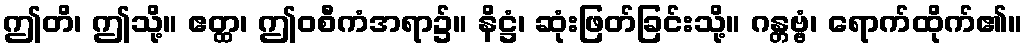
ဤတိ၊ ဤသို့။ ဧတ္ထ၊ ဤဝစီကံအရာ၌။ နိဋ္ဌံ၊ ဆုံးဖြတ်ခြင်းသို့။ ဂန္တဗ္ဗံ၊ ရောက်ထိုက်၏။